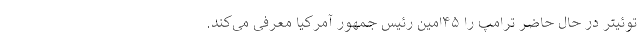
توئیتر در حال حاضر ترامپ را ۴۵‌امین رئیس جمهور آمرکیا معرفی می‌کند.